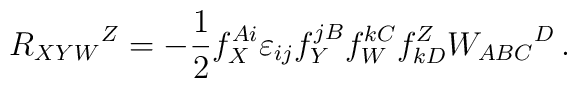
R_{XYW}{}^Z = - \frac 12 f^{Ai}_X \varepsilon_{ij}f^{jB}_Yf_W^{kC}f^Z_{kD}  W_{ABC}{}^D\,.